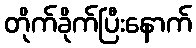
တိုက်ခိုက်ပြီးနောက်